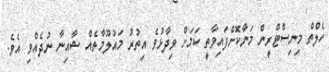
ހެލްތް މިނިސްޓްރީން މަނާކޮށްފައިވާތީ ކަމަށް ވިދާޅުވެ އިތުރު މައުލޫމާތެއް ޝާއިނާ ނުދެއްވި އެވެ.